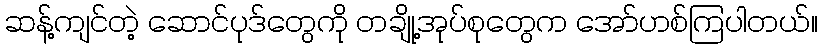
ဆန့်ကျင်တဲ့ ဆောင်ပုဒ်တွေကို တချို့အုပ်စုတွေက အော်ဟစ်ကြပါတယ်။